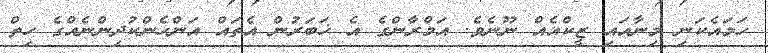
ހަމައެކަނި މިނާއައި ޒީކްއެއް ނޫނެވެ. އަމްރާންގެ އެ ޚަބަރުން އެތައް އަންހެންކުދިންނެއްގެ ހިތް